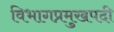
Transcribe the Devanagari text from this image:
विभागप्रमुखपदी